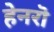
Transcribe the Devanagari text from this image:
हेनरॊ